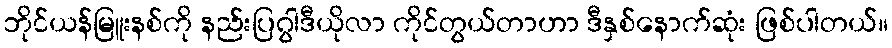
ဘိုင်ယန်မြူးနစ်ကို နည်းပြဂွါဒီယိုလာ ကိုင်တွယ်တာဟာ ဒီနှစ်နောက်ဆုံး ဖြစ်ပါတယ်။